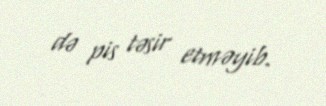
də pis təsir etməyib.